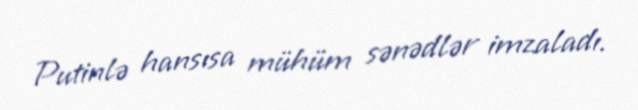
Putinlə hansısa mühüm sənədlər imzaladı.